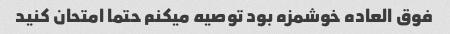
فوق العاده خوشمزه بود توصیه میکنم حتما امتحان کنید